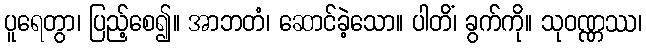
ပူရေတွာ၊ ပြည့်စေ၍။ အာဘတံ၊ ဆောင်ခဲ့သော။ ပါတိံ၊ ခွက်ကို။ သုဝဏ္ဏဿ၊